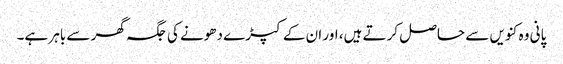
پانی وہ کنویں سے حاصل کرتے ہیں، اور ان کے کپڑے دھونے کی جگہ گھر سے باہر ہے۔